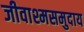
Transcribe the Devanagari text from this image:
जीवाश्मसमुदाय